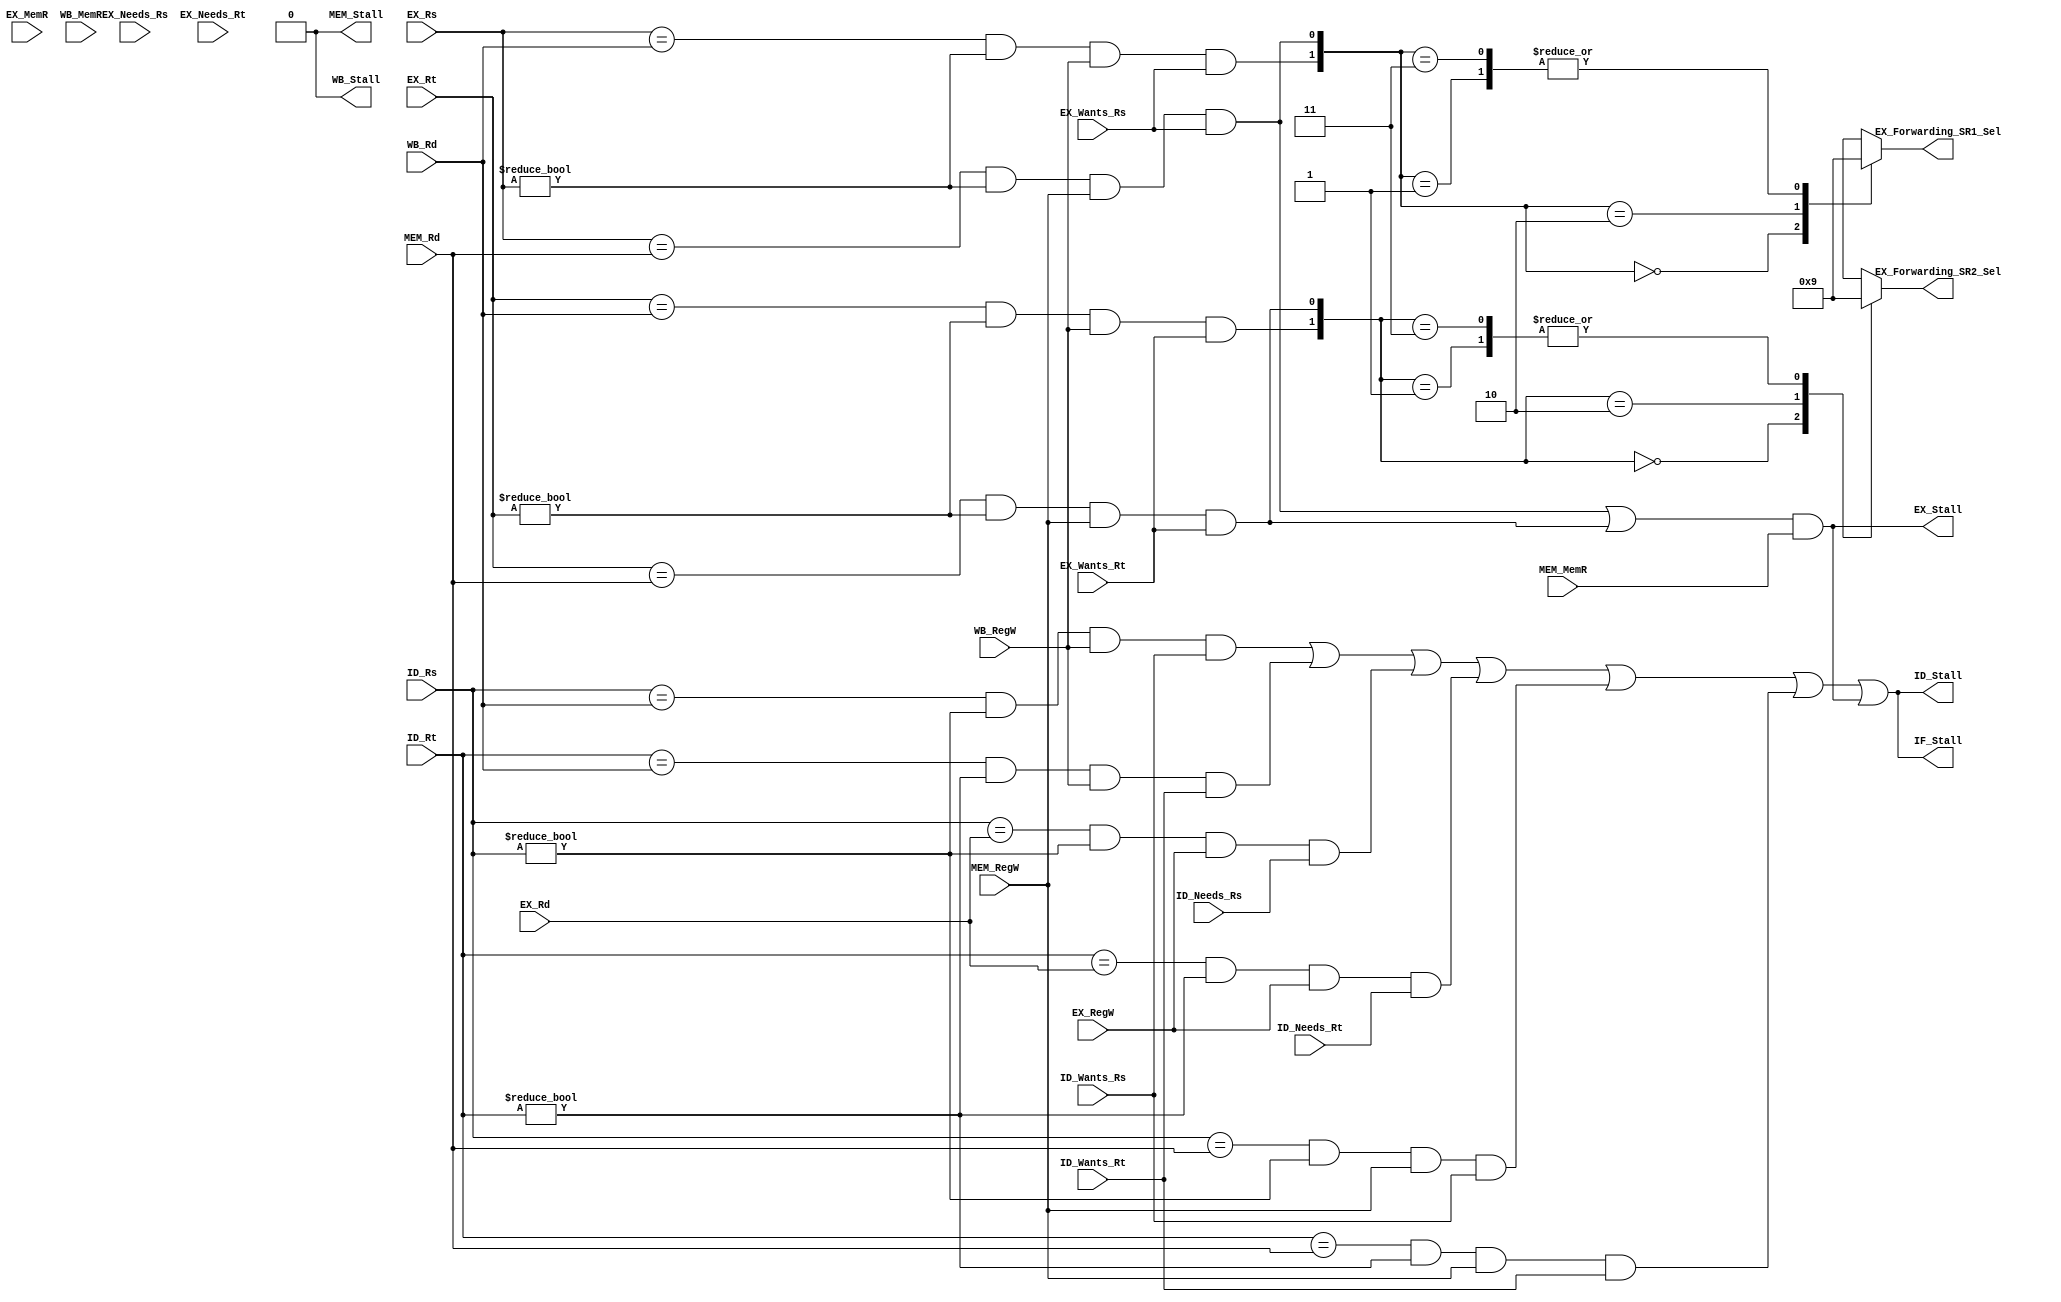
module Hazard_Unit(

input ID_Wants_Rs,
input ID_Needs_Rs,
input ID_Wants_Rt,
input ID_Needs_Rt,
input [4:0]ID_Rs,
input [4:0]ID_Rt,
//input [4:0]ID_Rd, ignored

input EX_Wants_Rs,
input EX_Needs_Rs,
input EX_Wants_Rt,
input EX_Needs_Rt,
input [4:0]EX_Rs,
input [4:0]EX_Rt,
input [4:0]EX_Rd,
input EX_RegW,
input EX_MemR,


input [4:0]MEM_Rd,
input MEM_RegW,
input MEM_MemR,


input [4:0]WB_Rd,
input WB_RegW,
input WB_MemR,


/*Fowarding Mux Sel*/

output reg[1:0]EX_Forwarding_SR1_Sel,
output reg[1:0]EX_Forwarding_SR2_Sel,

/* Stall */
output IF_Stall,
output ID_Stall,
output EX_Stall,
output MEM_Stall,
output WB_Stall
);
wire ID_EX_Rs_Match=(ID_Rs==EX_Rd)&(ID_Rs!=5'd0)&EX_RegW&ID_Needs_Rs;
wire ID_EX_Rt_Match=(ID_Rt==EX_Rd)&(ID_Rt!=5'd0)&EX_RegW&ID_Needs_Rt;

wire ID_MEM_Rs_Match=(ID_Rs==MEM_Rd)&(ID_Rs!=5'd0)&MEM_RegW&ID_Wants_Rs;
wire ID_MEM_Rt_Match=(ID_Rt==MEM_Rd)&(ID_Rt!=5'd0)&MEM_RegW&ID_Wants_Rt;

wire ID_WB_Rs_Match=(ID_Rs==WB_Rd)&(ID_Rs!=5'd0)&WB_RegW&ID_Wants_Rs;
wire ID_WB_Rt_Match=(ID_Rt==WB_Rd)&(ID_Rt!=5'd0)&WB_RegW&ID_Wants_Rt;

wire EX_MEM_Rs_Match=(EX_Rs==MEM_Rd)&(EX_Rs!=5'd0)&MEM_RegW&EX_Wants_Rs;
wire EX_MEM_Rt_Match=(EX_Rt==MEM_Rd)&(EX_Rt!=5'd0)&MEM_RegW&EX_Wants_Rt;

wire EX_WB_Rs_Match=(EX_Rs==WB_Rd)&(EX_Rs!=5'd0)&WB_RegW&EX_Wants_Rs;
wire EX_WB_Rt_Match=(EX_Rt==WB_Rd)&(EX_Rt!=5'd0)&WB_RegW&EX_Wants_Rt;

always@(*) begin
	case({EX_WB_Rs_Match,EX_MEM_Rs_Match})
	2'b00:EX_Forwarding_SR1_Sel<=2'b00;
	2'b01:EX_Forwarding_SR1_Sel<=2'b01;
	2'b10:EX_Forwarding_SR1_Sel<=2'b10;
	2'b11:EX_Forwarding_SR1_Sel<=2'b01;
	endcase
end

always@(*) begin
	case({EX_WB_Rt_Match,EX_MEM_Rt_Match})
	2'b00:EX_Forwarding_SR2_Sel<=2'b00;
	2'b01:EX_Forwarding_SR2_Sel<=2'b01;
	2'b10:EX_Forwarding_SR2_Sel<=2'b10;
	2'b11:EX_Forwarding_SR2_Sel<=2'b01;
	endcase
end


assign IF_Stall =ID_Stall;
assign ID_Stall =ID_WB_Rs_Match|ID_WB_Rt_Match|ID_EX_Rs_Match|ID_EX_Rt_Match|ID_MEM_Rs_Match|ID_MEM_Rt_Match|EX_Stall;
assign EX_Stall =(EX_MEM_Rs_Match|EX_MEM_Rt_Match)&MEM_MemR;
assign MEM_Stall=1'b0;
assign WB_Stall =1'b0;

endmodule